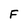
Character: F